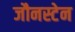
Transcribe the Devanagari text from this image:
जौनस्टेन